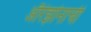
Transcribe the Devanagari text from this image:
अॅरिझोनाची